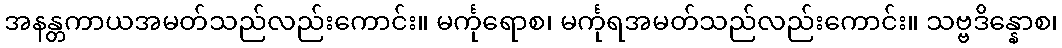
အနန္တကာယအမတ်သည်လည်းကောင်း။ မင်္ကုရောစ၊ မင်္ကုရအမတ်သည်လည်းကောင်း။ သဗ္ဗဒိန္နောစ၊